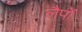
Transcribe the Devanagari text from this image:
लैपों